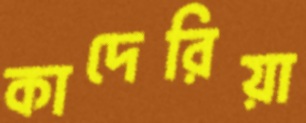
কাদেরিয়া